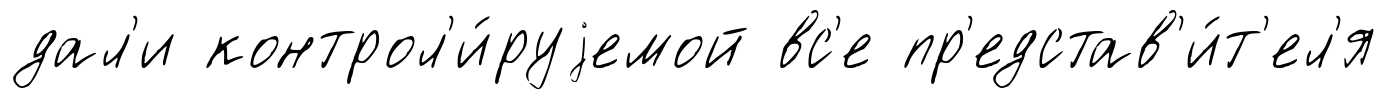
дал'и контрол'и́руjемой вс'е пр'едстав'и́т'ел'я